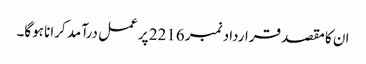
ان کا مقصد قرارداد نمبر 2216 پر عمل درآمد کرانا ہوگا۔